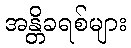
အန္တိခရစ်များ